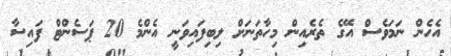
އެހެން ނަމަވެސް އޭގެ ތެރެއިން މިހާތަނަށް ލިބިފައިވަނީ އެންމެ 20 ޕަސެންޓް ފައިސާ